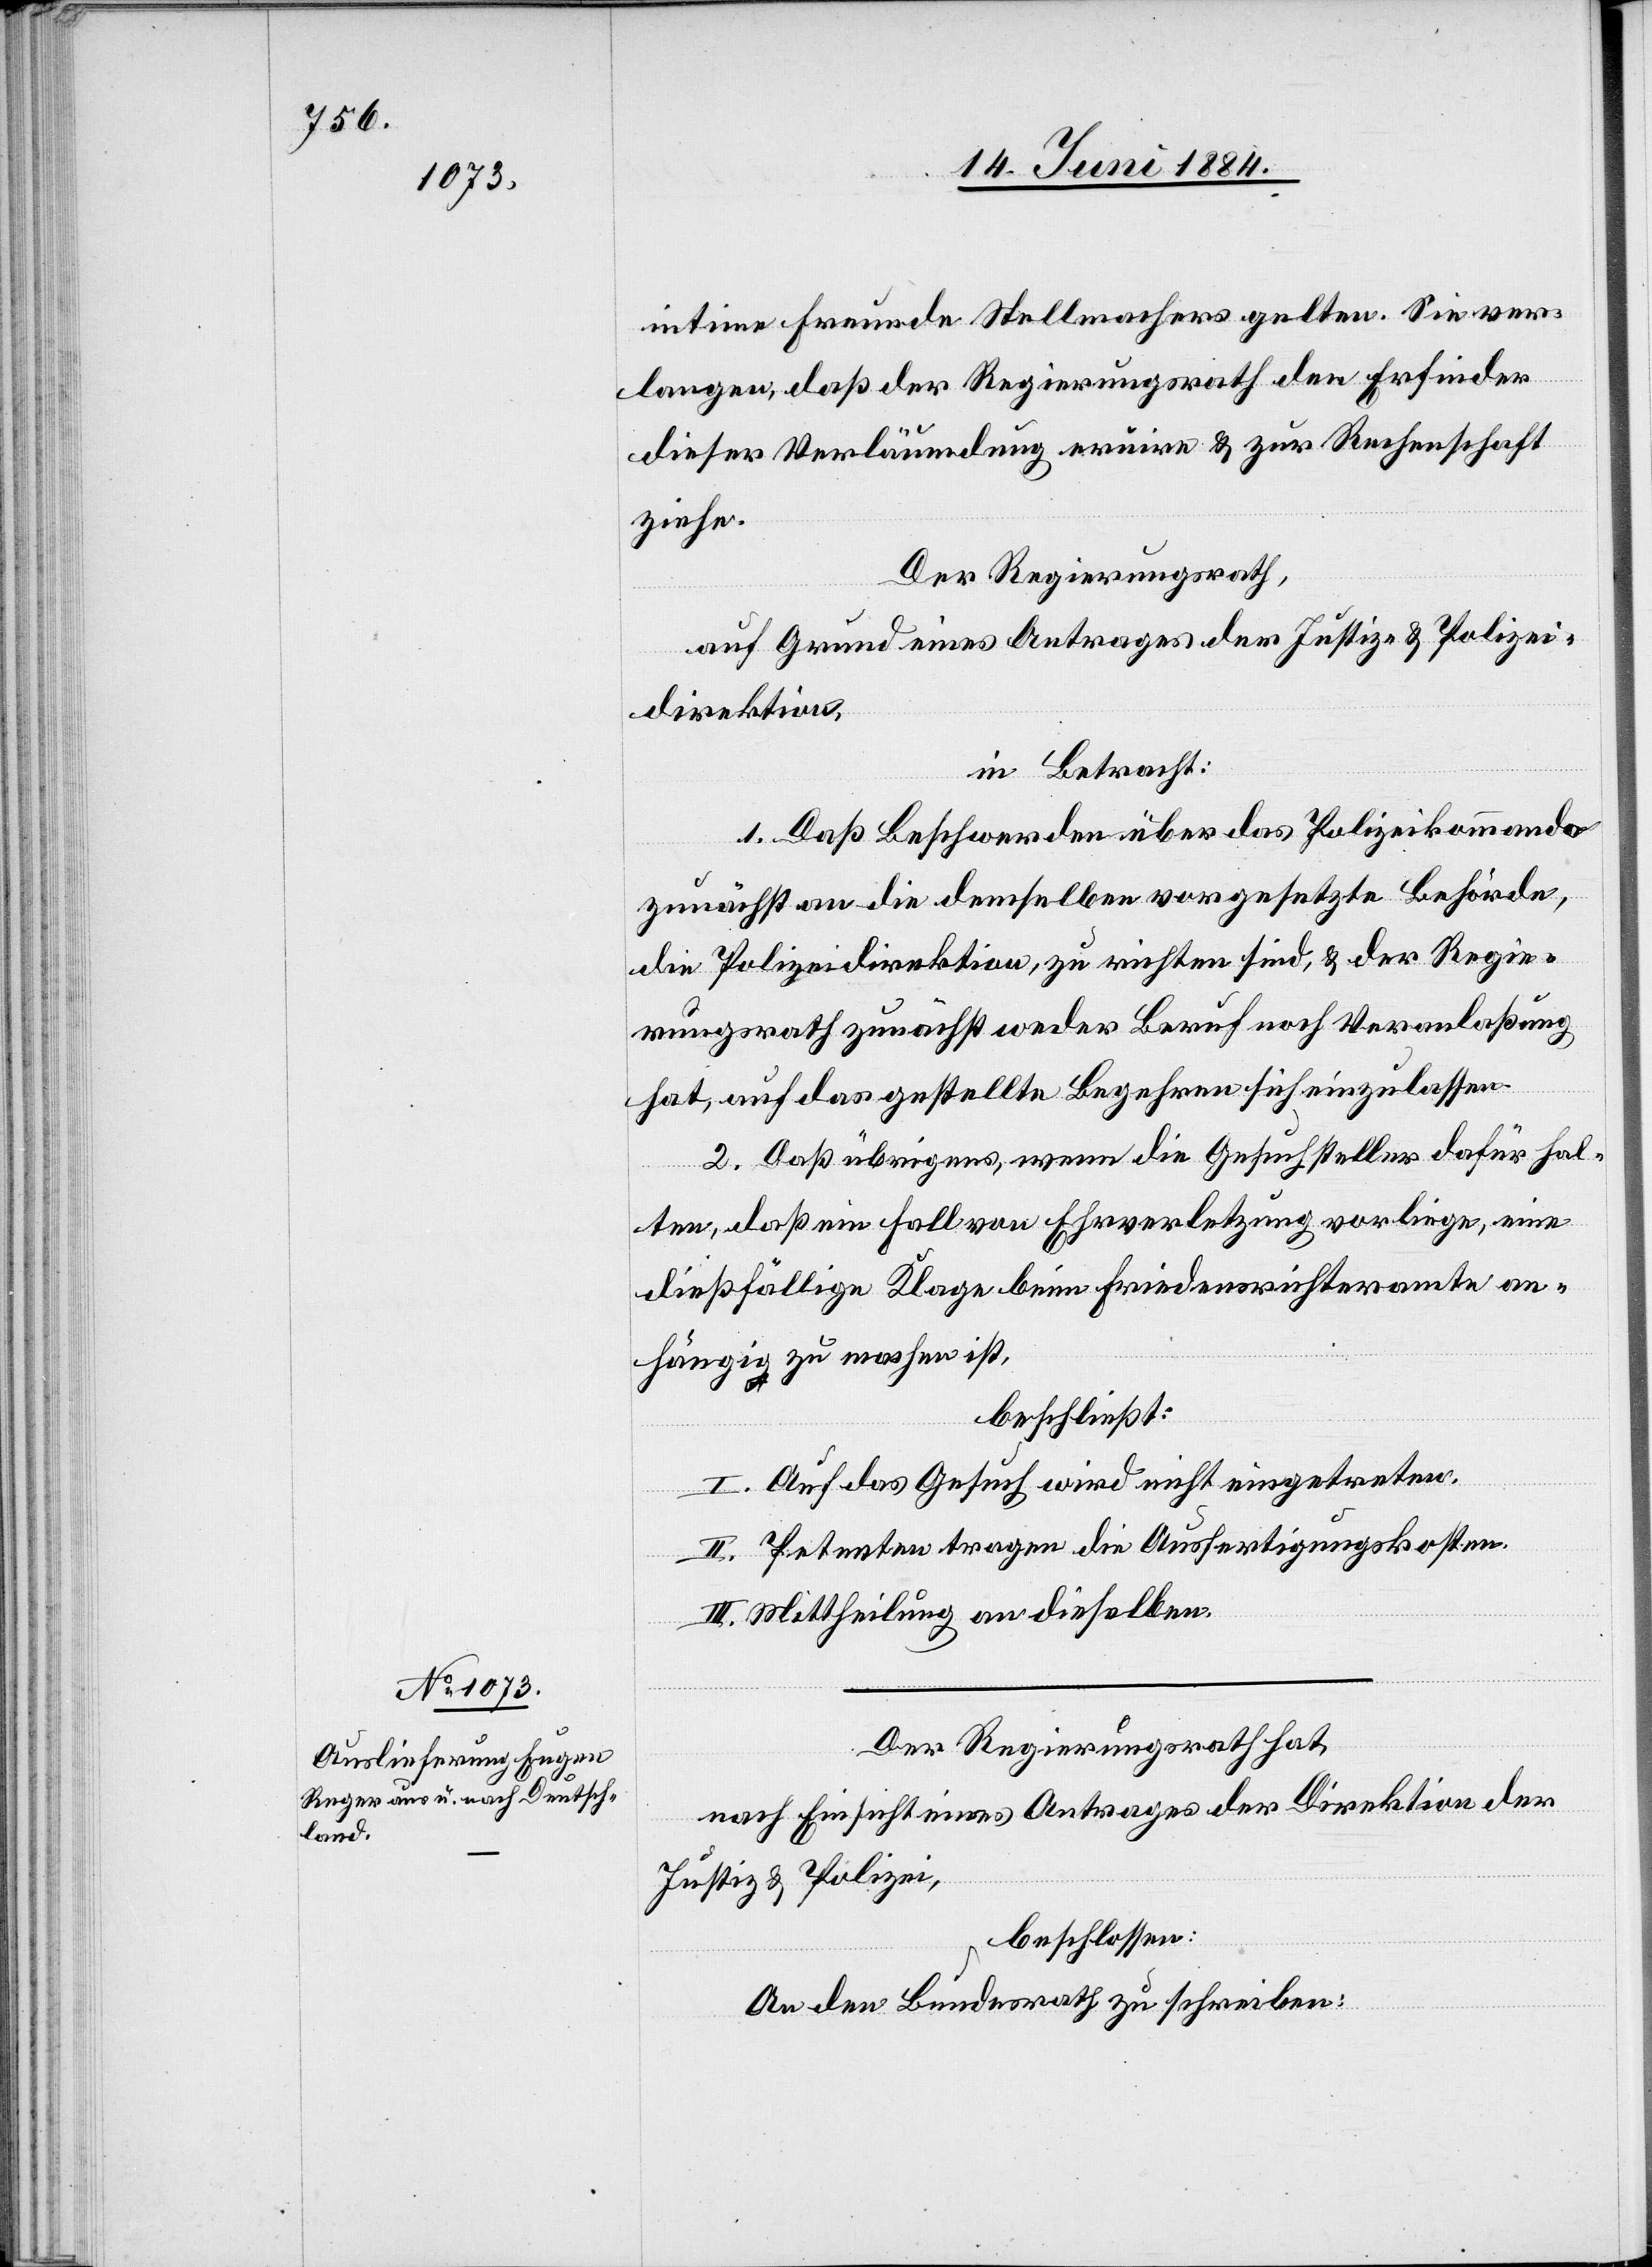
intime Freunde Stellmachers gelten. Sie ver¬
langen, daß der Regierungsrath den Erfinder
dieser Verläumdung eruire & zur Rechenschaft
ziehe.
Der Regierungsrath,
auf Grund eines Antrages der Justiz- & Polizei¬
direktion,
in Betracht:
1. Daß Beschwerden über das Polizeikommando
zunächst an die demselben vorgesetzte Behörde,
die Polizeidirektion, zu richten sind, & der Regie¬
rungsrath zunächst weder Beruf noch Veranlaßung
hat, auf das gestellte Begehren sich einzulassen.
2. Daß übrigens, wenn die Gesuchsteller dafür hal¬
ten, daß ein Fall von Ehrverletzung vorliege, eine
dießfällige Klage beim Friedensrichteramte an¬
hängig zu machen ist,
beschließt:
I. Auf das Gesuch wird nicht eingetreten.
II. Petenten tragen die Ausfertigungskosten.
III. Mittheilung an dieselben.
Der Regierungsrath hat,
nach Einsicht eines Antrages der Direktion der
Justiz & Polizei,
beschlossen:
An den Bundesrath zu schreiben: